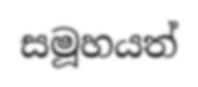
සමූහයත්